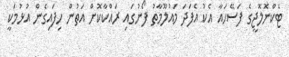
ޓެކްނޮލޮޖީގެ ފަސޭހައާ އެކު އެފަދަ މައުލޫމާތު ފޯނުގައި ރައްކާކޮށް އަތުން ހިފައިގެން އުޅުމަކީ